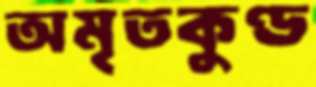
অমৃতকুণ্ড